Report on the lunatic asylums under the Government of Bombay - 1904-1913
Year: 1904
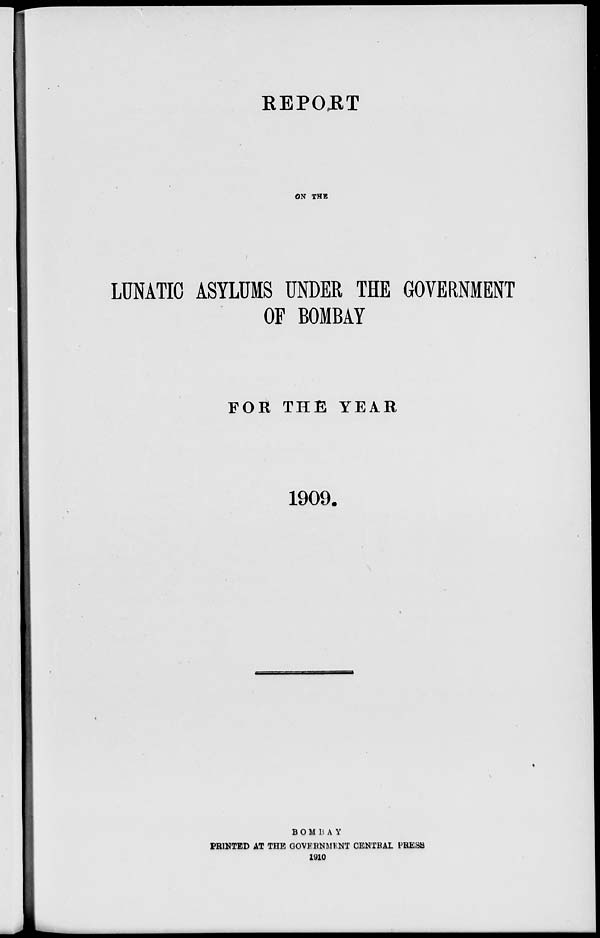
REPORT
ON THE
LUNATIC ASYLUMS UNDER THE GOVERNMENT
OF BOMBAY
FOR THE YEAR
1909.
BOMBAY
PRINTED AT THE GOVERNMENT CENTRAL PRESS
1910